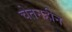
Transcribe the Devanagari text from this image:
चेतनहीन